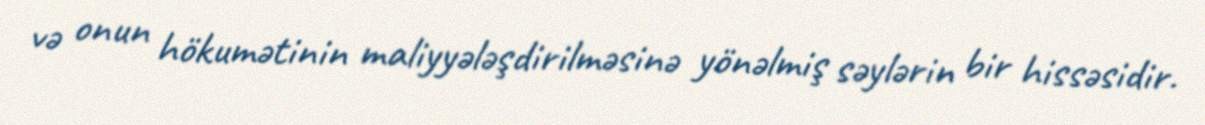
və onun hökumətinin maliyyələşdirilməsinə yönəlmiş səylərin bir hissəsidir.